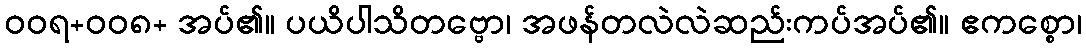
ဝဝရ+ဝဝ၈+ အပ်၏။ ပယိပါသိတဗ္ဗော၊ အဖန်တလဲလဲဆည်းကပ်အပ်၏။ ဧကစ္စော၊